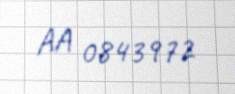
AA 0843972